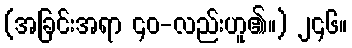
(အခြင်းအရာ ၄၀-လည်းဟူ၏။) ၂၄၆။